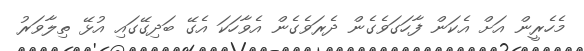
މެހެރީން އަށް އެކަން ފާހަގަވެގެން ދެރަވެގެން އެވާހަކަ އެގޭ ބަދިގޭގައި އުޅޭ ތިލާވަރު